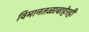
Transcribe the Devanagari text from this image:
विमानतळाबाहेरही